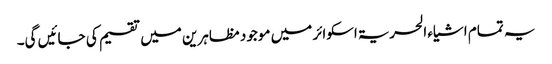
یہ تمام اشیاء الحریۃ اسکوائر میں موجود مظاہرین میں تقسیم کی جائیں گی۔